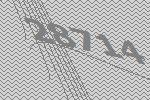
28714